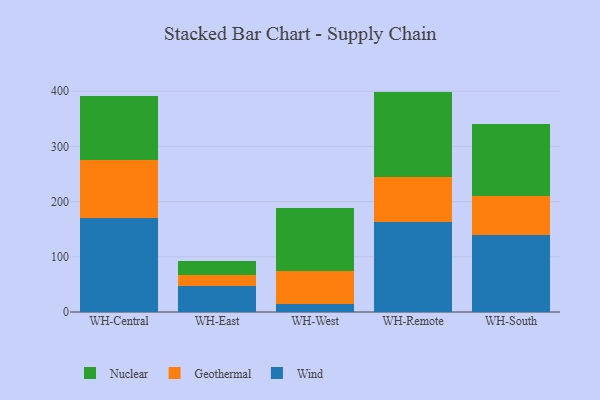
{"axis": {"x": "Warehouse", "y": "Churn Rate (%)"}, "legend": ["Geothermal", "Nuclear", "Wind"], "data": [{"x": "WH-Central", "y": 169.5, "type": "Wind"}, {"x": "WH-Central", "y": 105.2, "type": "Geothermal"}, {"x": "WH-Central", "y": 116.8, "type": "Nuclear"}, {"x": "WH-East", "y": 46.3, "type": "Wind"}, {"x": "WH-East", "y": 20.4, "type": "Geothermal"}, {"x": "WH-East", "y": 25.9, "type": "Nuclear"}, {"x": "WH-West", "y": 14.1, "type": "Wind"}, {"x": "WH-West", "y": 60.8, "type": "Geothermal"}, {"x": "WH-West", "y": 113.3, "type": "Nuclear"}, {"x": "WH-Remote", "y": 162.5, "type": "Wind"}, {"x": "WH-Remote", "y": 81.9, "type": "Geothermal"}, {"x": "WH-Remote", "y": 155.0, "type": "Nuclear"}, {"x": "WH-South", "y": 139.7, "type": "Wind"}, {"x": "WH-South", "y": 70.1, "type": "Geothermal"}, {"x": "WH-South", "y": 131.3, "type": "Nuclear"}]}